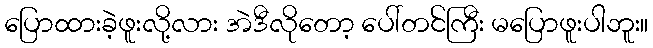
ပြောထားခဲ့ဖူးလို့လား အဲဒီလိုတော့ ပေါ်တင်ကြီး မပြောဖူးပါဘူး။